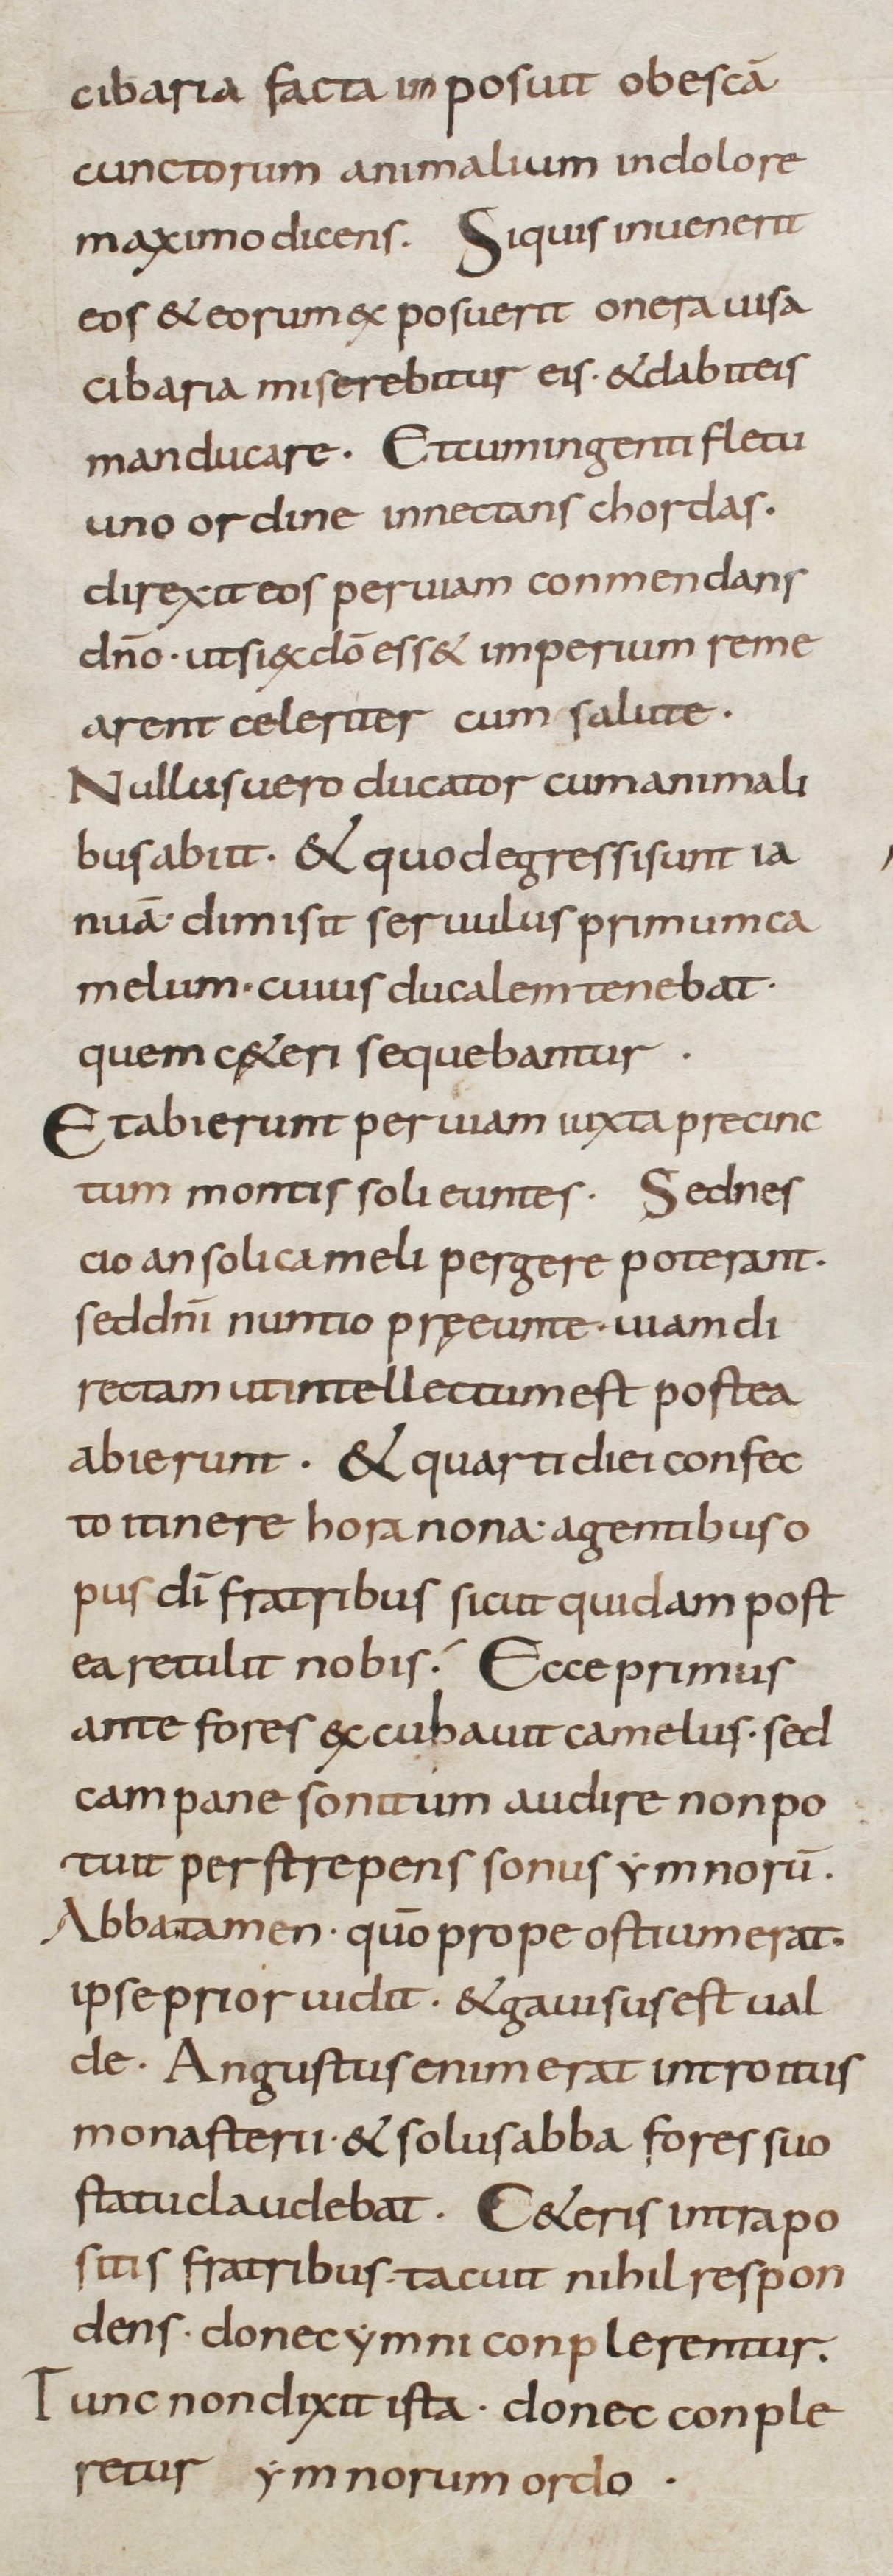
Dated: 800–899